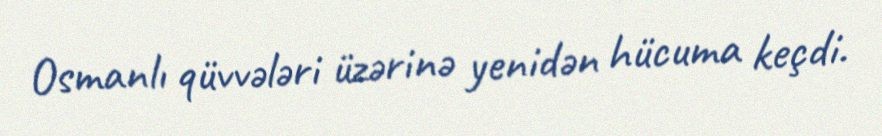
Osmanlı qüvvələri üzərinə yenidən hücuma keçdi.